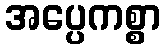
အပ္ပေကစ္စာ